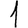
Digit: 1